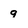
Character: 9